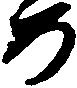
め